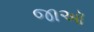
જાઑ